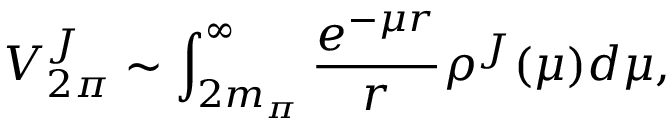
V _ { 2 \pi } ^ { J } \sim \int _ { 2 m _ { \pi } } ^ { \infty } \frac { e ^ { - \mu r } } { r } \rho ^ { J } ( \mu ) d \mu ,